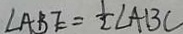
\angle A B E = \frac { 1 } { 2 } \angle A B C